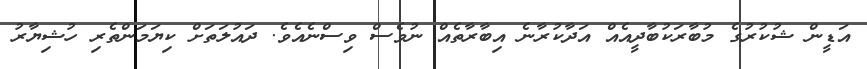
އަޑީން ޝުކުރުގެ މުބާރަކުބާދީއެއް އަދާކުރާނެ އިބާރާތެއް ނުވެސް ވިސްނެއެވެ. ދައުލަތަށް ކިޔަމަންތެރި ހުޝިޔާރު